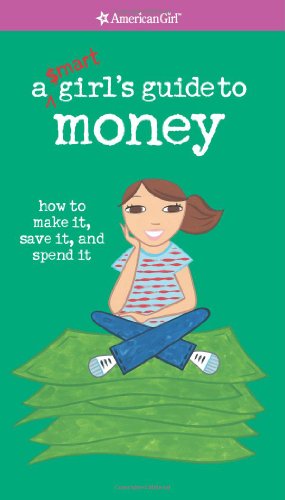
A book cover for A Smart Girl's Guide to Money (American Girl) (American Girl Library); Nancy Holyoke; Children's Books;